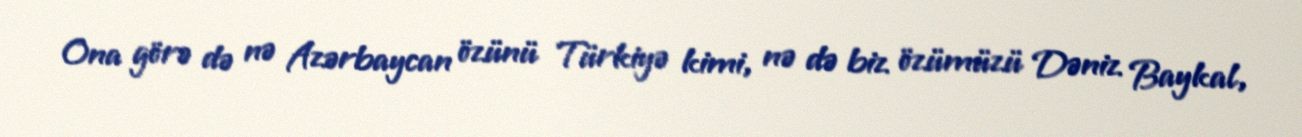
Ona görə də nə Azərbaycan özünü Türkiyə kimi, nə də biz özümüzü Dəniz Baykal,